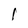
Character: l